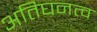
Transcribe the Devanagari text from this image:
अतिघनत्व